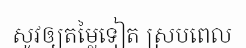
សូវឲ្យតម្លៃទៀត ស្របពេល